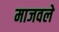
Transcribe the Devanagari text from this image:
माजवले